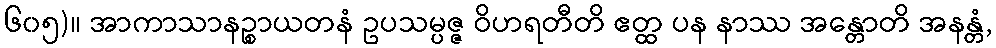
၆၀၅)။ အာကာသာနဉ္စာယတနံ ဥပသမ္ပဇ္ဇ ဝိဟရတီတိ ဧတ္ထ ပန နာဿ အန္တောတိ အနန္တံ,